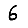
Digit: 6